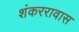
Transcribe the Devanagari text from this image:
शंकररावास